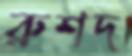
রুশদ